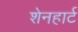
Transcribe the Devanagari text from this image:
शेनहार्ट